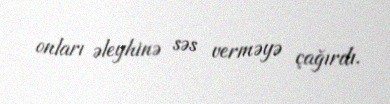
onları əleyhinə səs verməyə çağırdı.